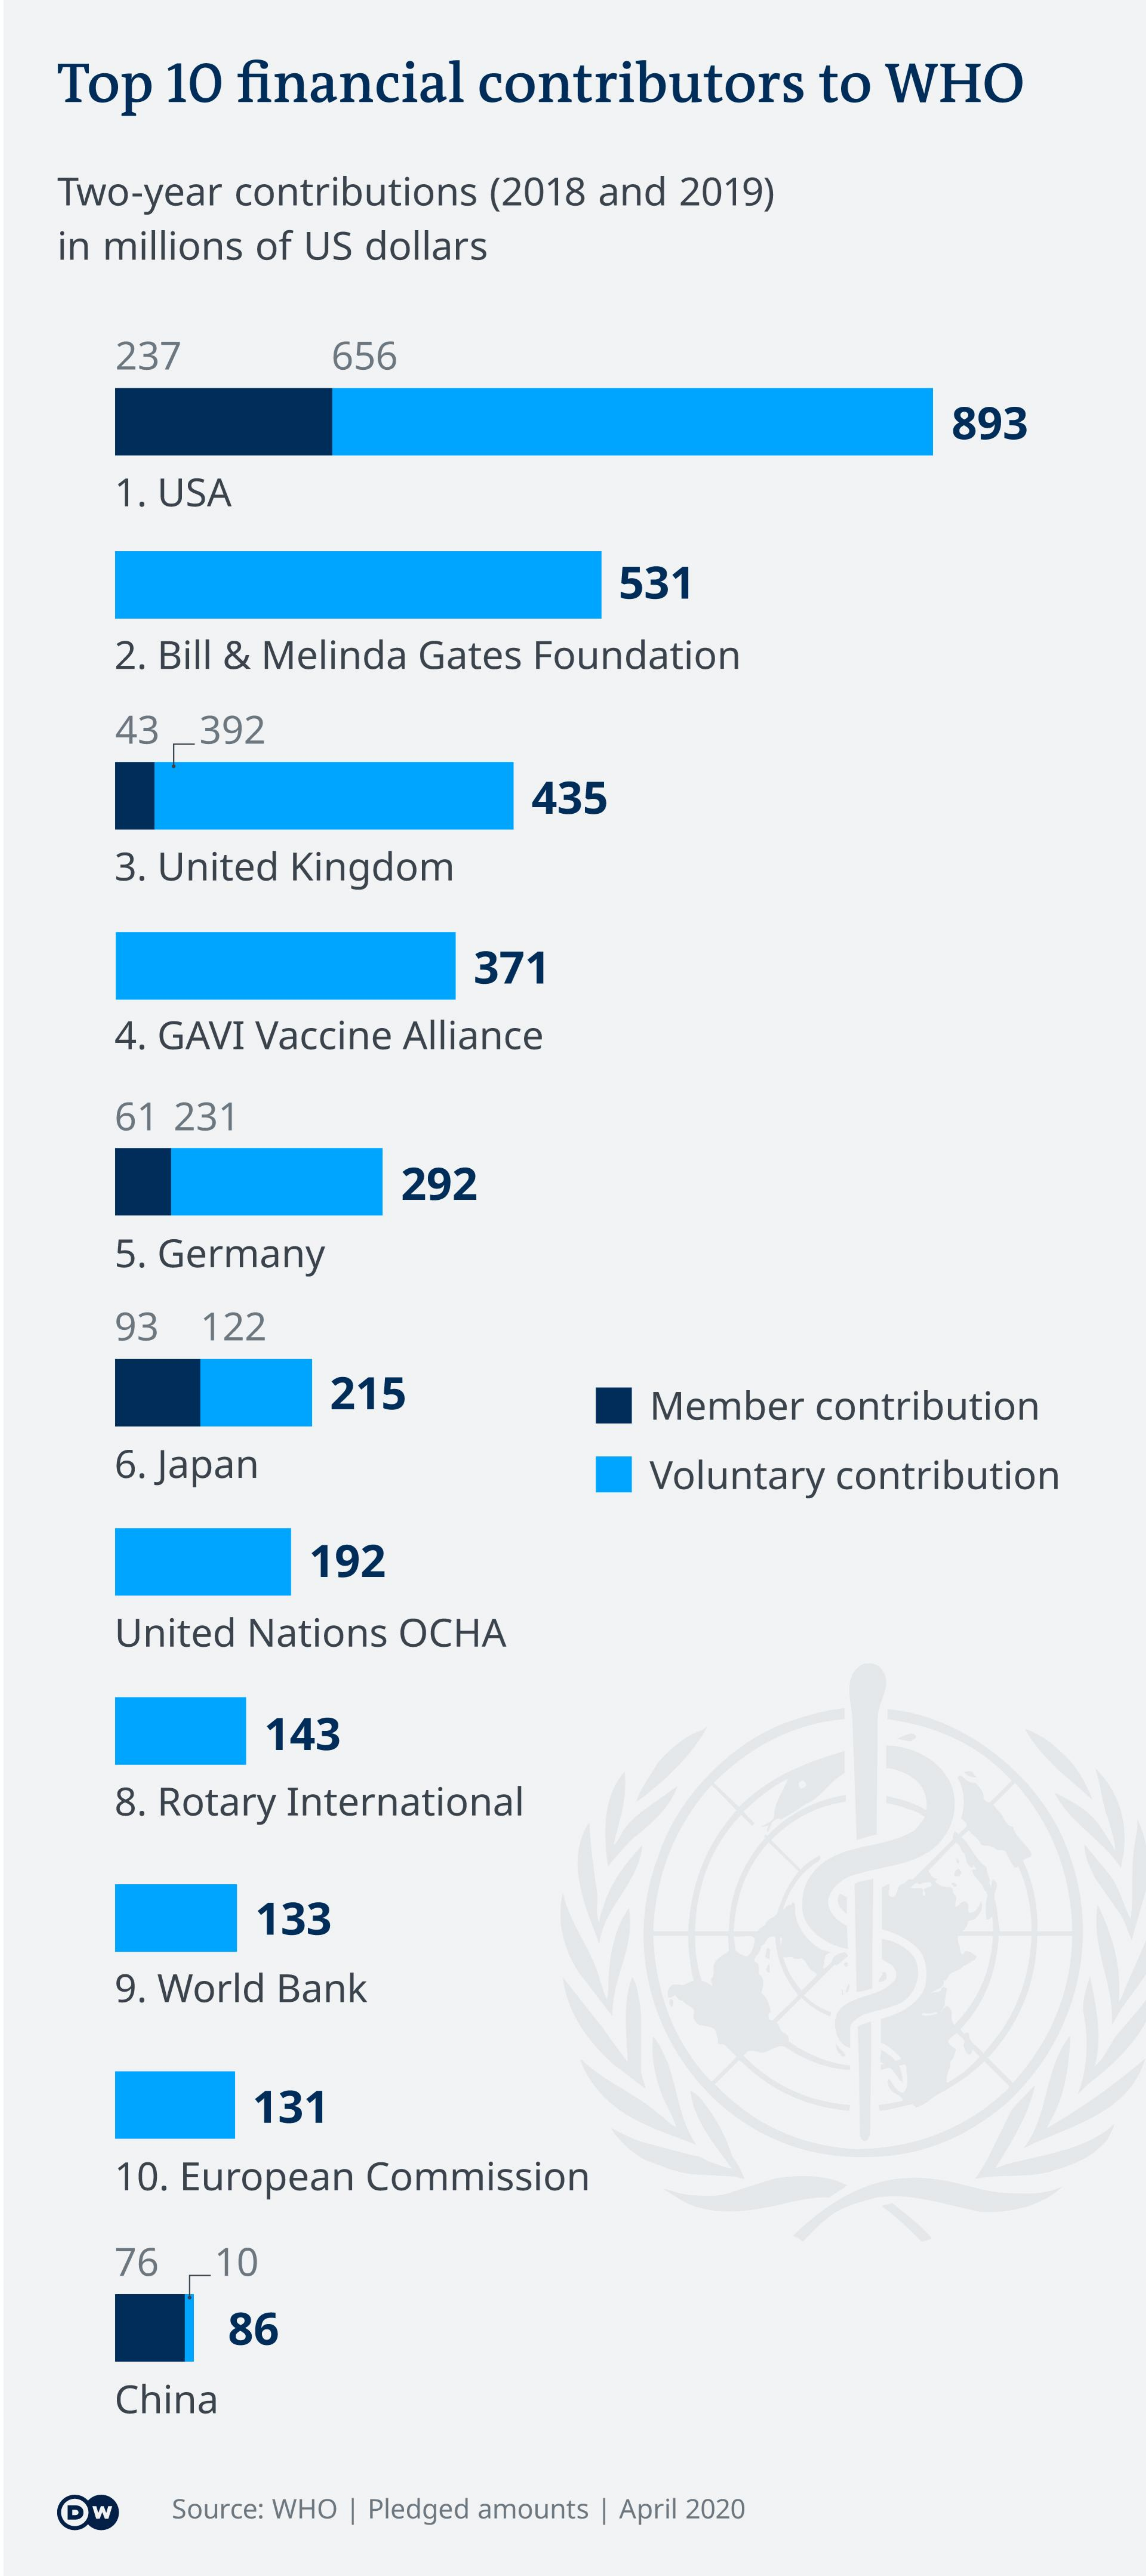
Top  10  financial    contributors    to  WHO
   Two-year  contributions (2018 and 2019)
    in millions of US dollars
     237    656
     893
     1. USA
     531
     2. Bill & Melinda Gates Foundation
     43 _392
     435
     3. United Kingdom
     371
     4. GAVI Vaccine Alliance
     61 231
     292
     5. Germany
     93  122
     215    Member   contribution
     6. Japan    Voluntary contribution
     192
     United Nations OCHA
     143
     8. Rotary International
     133
     9. World Bank
     131
     10. European Commission
     76 _10
     86
     China
    Dw    Source: WHO | Pledged amounts | April 2020